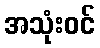
အသုံးဝင်